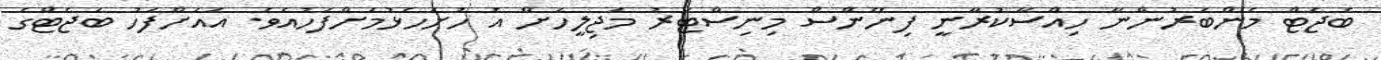
ބެޖެޓް މެންބަރުންނާ ހިއްސާކުރާނީ ފިނޭންސް މިނިސްޓަރު މަޖިލީހަށް އެ ހުށަހެޅުމަށްފަހުއެވެ. އެއަށްފަހު ބަޖެޓްގެ